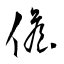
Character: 儋